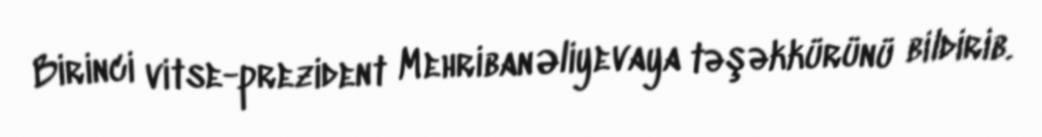
Birinci vitse-prezident Mehriban Əliyevaya təşəkkürünü bildirib.